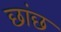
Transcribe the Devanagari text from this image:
छांछ